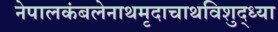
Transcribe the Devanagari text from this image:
नेपालकंबलेनाथमृदाचाथविशुद्ध्या